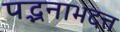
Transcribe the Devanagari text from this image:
पद्भनाभदत्त